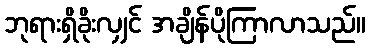
ဘုရားရှိခိုးလျှင် အချိန်ပိုကြာလာသည်။